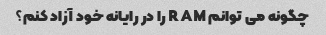
چگونه می توانم RAM را در رایانه خود آزاد کنم؟